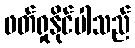
ဖတ်ရှုနိုင်ပါသည်